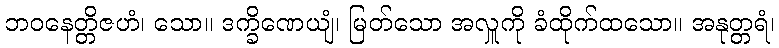
ဘဝနေတ္တိဇဟံ၊ သော။ ဒက္ခိဏေယျံ၊ မြတ်သော အလှူကို ခံထိုက်ထသော။ အနုတ္တရံ၊